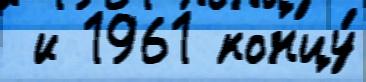
 и 1961 концу́